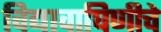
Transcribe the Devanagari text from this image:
विद्यावाघिणीचे